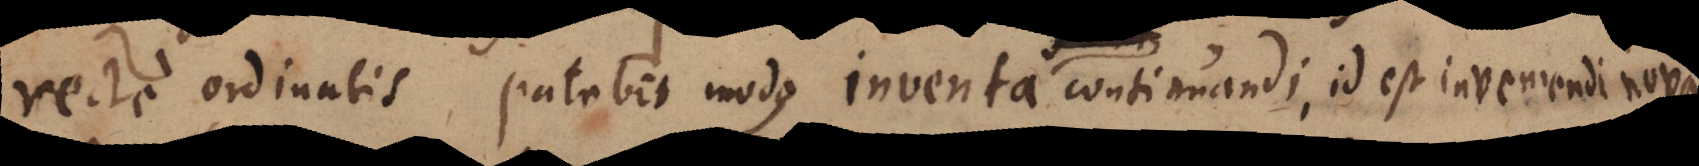
recte ordinatis patebit modus inventa continuandi, id est inveniendi nova